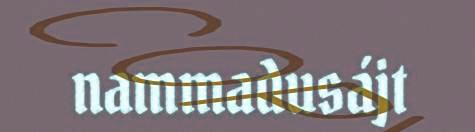
nammadusájt